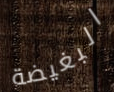
البغيضة